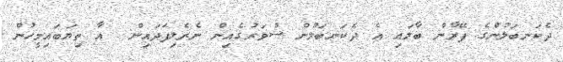
ދެކަނބަލުންގެ ފޭރާން ބާލައި އެ ދެކަނބަލުން ސުވަރުގެއިން ނެރެލިފަދައިން  އާ ތިޔަބައިމީހުން